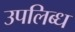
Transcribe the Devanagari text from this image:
उपलिब्ध